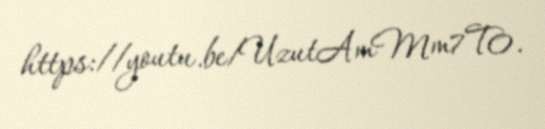
https://youtu.be/UzutAmMm7T0.